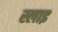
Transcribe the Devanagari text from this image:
स्लाइ